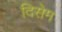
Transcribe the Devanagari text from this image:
दिसेम